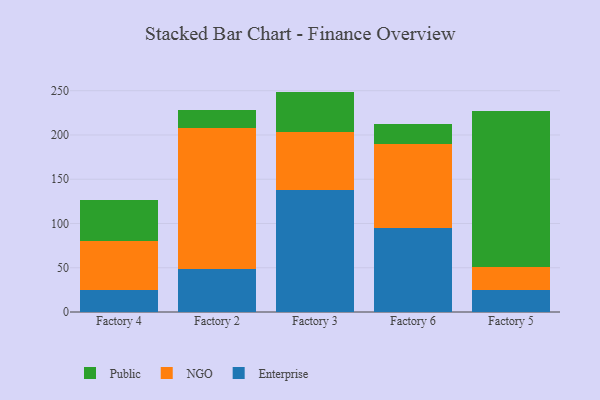
{"axis": {"x": "Factory", "y": "Humidity (%)"}, "legend": ["Enterprise", "NGO", "Public"], "data": [{"x": "Factory 4", "y": 25.2, "type": "Enterprise"}, {"x": "Factory 4", "y": 55.2, "type": "NGO"}, {"x": "Factory 4", "y": 46.4, "type": "Public"}, {"x": "Factory 2", "y": 48.2, "type": "Enterprise"}, {"x": "Factory 2", "y": 160.0, "type": "NGO"}, {"x": "Factory 2", "y": 19.9, "type": "Public"}, {"x": "Factory 3", "y": 137.5, "type": "Enterprise"}, {"x": "Factory 3", "y": 65.8, "type": "NGO"}, {"x": "Factory 3", "y": 45.7, "type": "Public"}, {"x": "Factory 6", "y": 94.8, "type": "Enterprise"}, {"x": "Factory 6", "y": 94.9, "type": "NGO"}, {"x": "Factory 6", "y": 22.6, "type": "Public"}, {"x": "Factory 5", "y": 24.9, "type": "Enterprise"}, {"x": "Factory 5", "y": 25.9, "type": "NGO"}, {"x": "Factory 5", "y": 176.3, "type": "Public"}]}